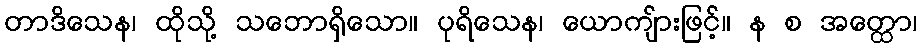
တာဒိသေန၊ ထိုသို့ သဘောရှိသော။ ပုရိသေန၊ ယောကျ်ားဖြင့်။ န စ အတ္ထော၊